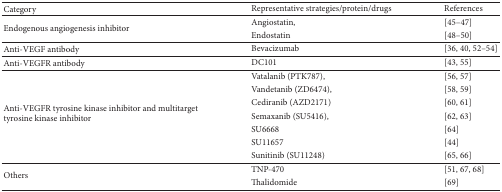
<table><thead><tr><td><b>Category</b></td><td><b>Representative strategies/protein/drugs</b></td><td><b>References</b></td></tr></thead><tbody><tr><td rowspan="2">Endogenous angiogenesis inhibitor</td><td>Angiostatin, </td><td>[45–47] </td></tr><tr><td>Endostatin</td><td>[48–50]</td></tr><tr><td>Anti-VEGF antibody</td><td>Bevacizumab</td><td>[36, 40, 52–54]</td></tr><tr><td>Anti-VEGFR antibody</td><td>DC101</td><td>[43, 55]</td></tr><tr><td rowspan="7">Anti-VEGFR tyrosine kinase inhibitor and multitarget tyrosine kinase inhibitor</td><td>Vatalanib (PTK787), </td><td>[56, 57] </td></tr><tr><td>Vandetanib (ZD6474), </td><td>[58, 59] </td></tr><tr><td>Cediranib (AZD2171) </td><td>[60, 61] </td></tr><tr><td>Semaxanib (SU5416), </td><td>[62, 63] </td></tr><tr><td>SU6668 </td><td>[64] </td></tr><tr><td>SU11657 </td><td>[44] </td></tr><tr><td>Sunitinib (SU11248)</td><td>[65, 66]</td></tr><tr><td rowspan="2">Others</td><td>TNP-470 </td><td>[51, 67, 68] </td></tr><tr><td>Thalidomide</td><td>[69]</td></tr></tbody></table>